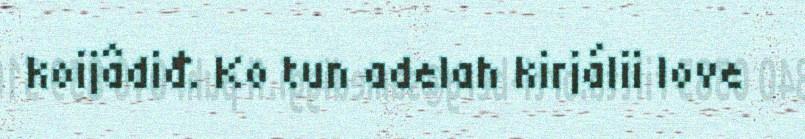
koijâdiđ. Ko tun adelah kirjálii love